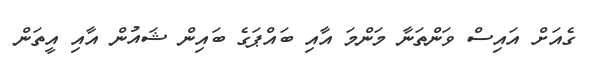
ގެއަށް އައިސް ވަންތަނާ މަންމަ އާއި ބައްޕަގެ ބައިން ޝައުން އާއި އީތަން